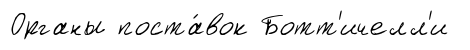
Органы поста́вок Ботт'ичелл'и